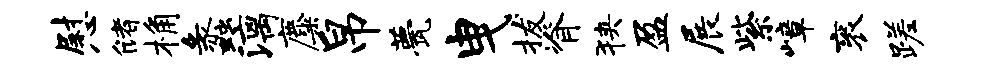
慰储桷蠡漓麋帛甍曳拔脊狭盈展紫嶂衮蹉